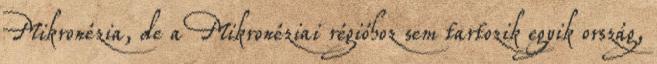
Mikronézia, de a Mikronéziai régióhoz sem tartozik egyik ország,